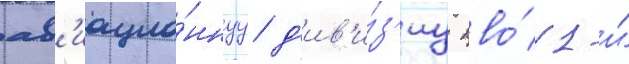
ав'иацио́ннуу д'ив'и́з'иу пво́ 1-и́